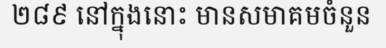
២៨៩ នៅក្នុងនោះ មានសមាគមចំនួន